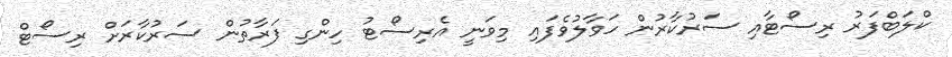
ކްލަބްފަރު ރިސޯޓާއި ސަރުކާރުން ހަވާލުވެފައި މިވަނީ އެރިސޯޓު ހިންގި ފަރާތުން ސަރުކާރަށް ރިސޯޓް